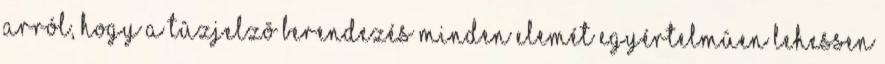
arról, hogy a tûzjelzõ berendezés minden elemét egyértelmûen lehessen